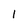
Character: I